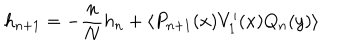
h _ { n + 1 } = - \frac { n } { N } h _ { n } + \left\langle P _ { n + 1 } ( x ) V _ { 1 } ^ { \prime } ( x ) Q _ { n } ( y ) \right\rangle